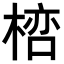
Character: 𣖞